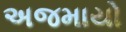
અજમાયો